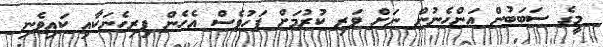
މީގެ ސަބަބުން އަންހެނުން ނަށް ވަރި ކުރުމަށް ފަހުވެސް އެހެން ފިރިހެނަކާއި ކައިވެނި